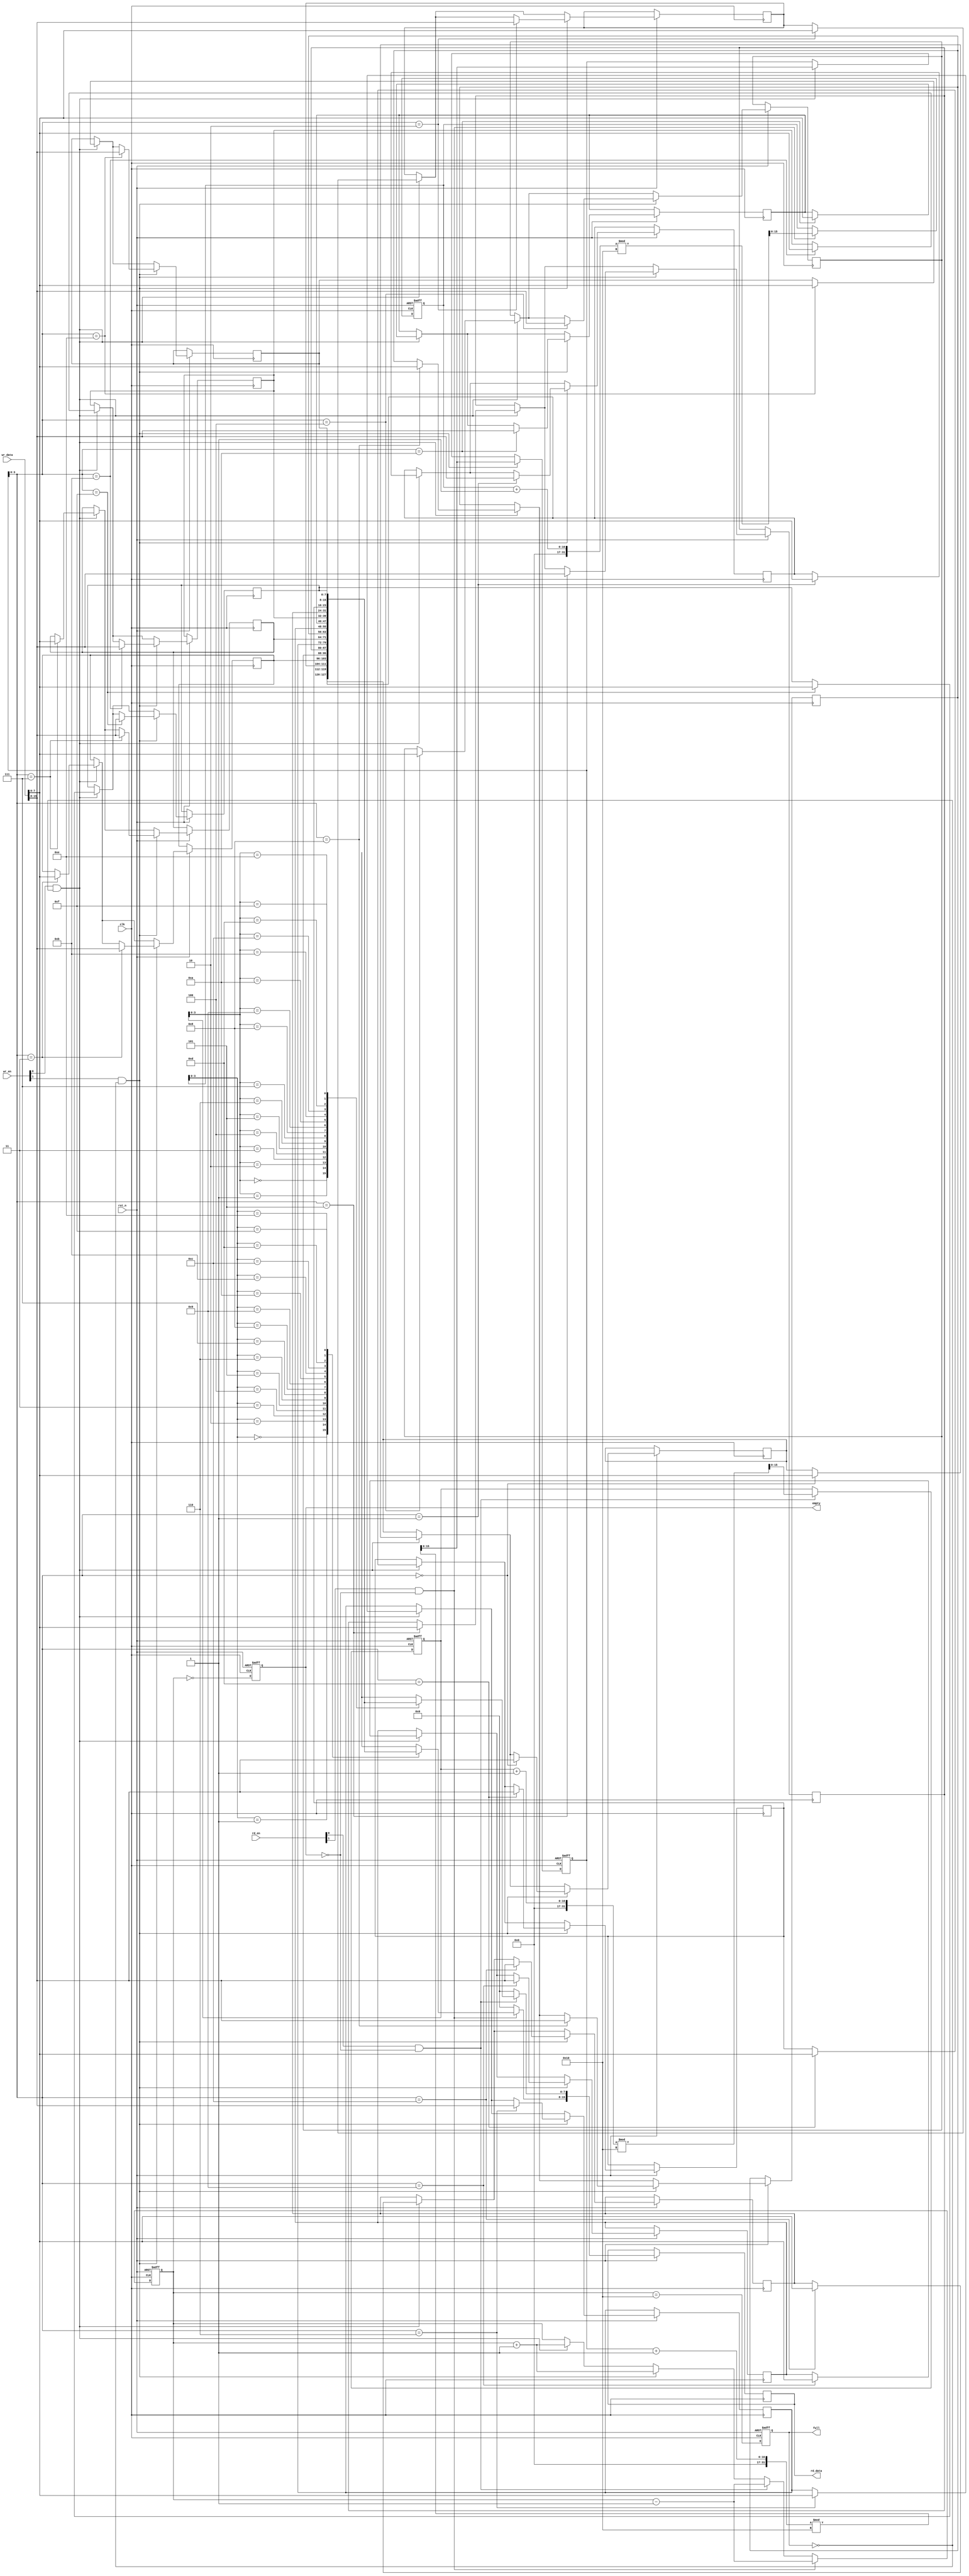
module multiport_fifo #(
    parameter DATA_WIDTH = 8,  // Width of each data entry
    parameter FIFO_DEPTH = 16,  // Depth of the FIFO
    parameter NUM_READ_PORTS = 2, // Number of read ports
    parameter NUM_WRITE_PORTS = 2 // Number of write ports
)(
    input wire clk,
    input wire rst_n,
    
    // Write Ports
    input wire [NUM_WRITE_PORTS-1:0] wr_en, // Write enable for each port
    input wire [NUM_WRITE_PORTS*DATA_WIDTH-1:0] wr_data, // Write data for each port
    
    // Read Ports
    input wire [NUM_READ_PORTS-1:0] rd_en, // Read enable for each port
    output reg [NUM_READ_PORTS*DATA_WIDTH-1:0] rd_data, // Read data for each port
    
    output reg full, // FIFO full flag
    output reg empty // FIFO empty flag
);

    // Internal memory array
    reg [DATA_WIDTH-1:0] fifo_mem [0:FIFO_DEPTH-1];
    
    // Pointers
    reg [FIFO_DEPTH-1:0] wr_ptr; // Write pointer
    reg [FIFO_DEPTH-1:0] rd_ptr [0:NUM_READ_PORTS-1]; // Read pointers for each read port
    reg [FIFO_DEPTH-1:0] count; // Number of entries in the FIFO

    integer i;

    // Reset and Initialization
    always @(posedge clk or negedge rst_n) begin
        if (!rst_n) begin
            wr_ptr <= 0;
            for (i = 0; i < NUM_READ_PORTS; i = i + 1) begin
                rd_ptr[i] <= 0;
            end
            count <= 0;
            full <= 0;
            empty <= 1;
        end else begin
            // Write Logic
            for (i = 0; i < NUM_WRITE_PORTS; i = i + 1) begin
                if (wr_en[i] && !full) begin
                    fifo_mem[wr_ptr] <= wr_data[(i+1)*DATA_WIDTH-1 -: DATA_WIDTH];
                    wr_ptr <= (wr_ptr + 1) % FIFO_DEPTH;
                    count <= count + 1;
                end
            end
            
            // Read Logic
            rd_data = 0; // Clear read data
            for (i = 0; i < NUM_READ_PORTS; i = i + 1) begin
                if (rd_en[i] && !empty) begin
                    rd_data[(i+1)*DATA_WIDTH-1 -: DATA_WIDTH] <= fifo_mem[rd_ptr[i]];
                    rd_ptr[i] <= (rd_ptr[i] + 1) % FIFO_DEPTH;
                    count <= count - 1;
                end
            end
            
            // Update full and empty flags
            full <= (count == FIFO_DEPTH);
            empty <= (count == 0);
        end
    end

endmodule